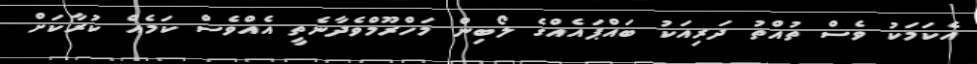
އެކަމަކު ވެސް ތުއްތު ދަރިއަކު ބައްޕައެއްގެ ލޯބިން މަހްރޫމްވެދާނެތީ އެއްވެސް ކަމެއް ކުރާކަށް